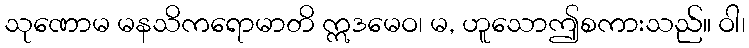
သုဏောမ မနသိကရောမာတိ ဣဒမေဝ၊ မ, ဟူသောဤစကားသည်။ ဝါ၊